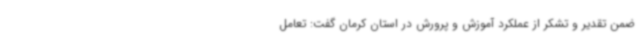
ضمن تقدیر و تشکر از عملکرد آموزش و پرورش در استان کرمان گفت: تعامل